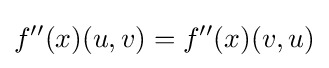
f''(x)(u,v)=f''(x)(v,u)